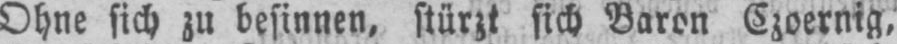
Ohne sich zu besinnen, stürzt sich Baron Czoernig,